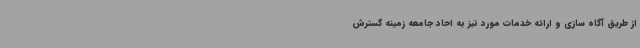
از طریق آگاه سازی و ارائه خدمات مورد نیز به احاد جامعه زمینه گسترش